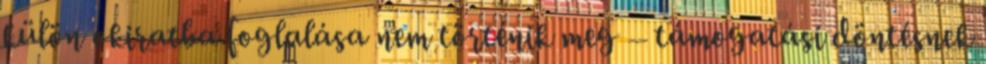
külön okiratba foglalása nem történik meg – támogatási döntésnek